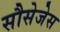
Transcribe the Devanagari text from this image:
सौसेजेस